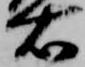
右